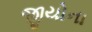
જીયોના